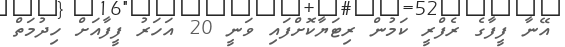
އޭނާ ފީފާގެ ރެފްރީ ކަމުން ރިޓަޔާކޮށްފައި ވަނީ 20 އަހަރު ފީފާއަށް ހިދުމަތް